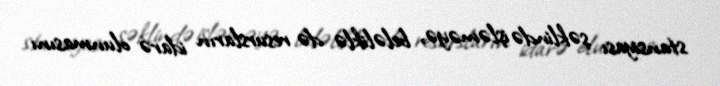
stansiyası şəklində işləməyə, beləliklə də resursların idarə olunmasını